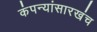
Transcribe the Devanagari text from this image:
कंपन्यांसारखंच